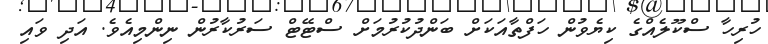
ހުރިހާ ސްކޫލެއްގެ ކިޔެވުން ހަފްތާއަކަށް ބަންދުކުރުމަށް ސްޓޭޓް ސަރުކާރުން ނިންމިއެވެ. އަދި ވައި